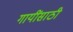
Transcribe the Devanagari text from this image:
गायींसाठी